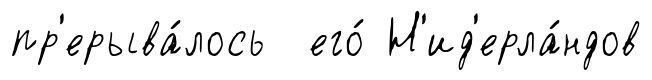
пр'ерыва́лось его́ Н'ид'ерла́ндов